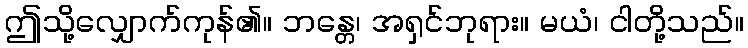
ဤသို့လျှောက်ကုန်၏။ ဘန္တေ၊ အရှင်ဘုရား။ မယံ၊ ငါတို့သည်။